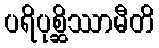
ပရိပုစ္ဆိဿာမီတိ